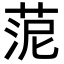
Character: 𦰫